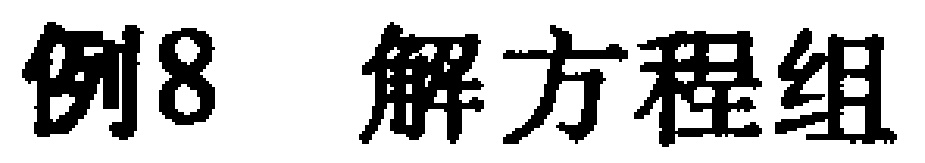
例8 解方程组